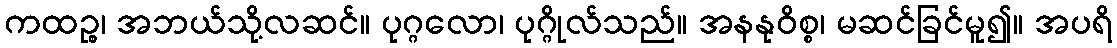
ကထဉ္စ၊ အဘယ်သို့လဆင်။ ပုဂ္ဂလော၊ ပုဂ္ဂိုလ်သည်။ အနနုဝိစ္စ၊ မဆင်ခြင်မူ၍။ အပရိ